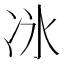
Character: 𫥇